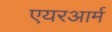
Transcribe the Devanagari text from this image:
एयरआर्म